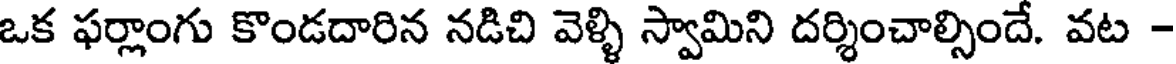
ఒక ఫర్లాంగు కొండదారిన నడిచి వెళ్ళి స్వామిని దర్శించాల్సిందే. వట -